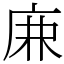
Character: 𢈘